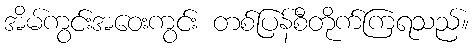
အိမ်ကွင်းအဝေးကွင်း တစ်ပြန်စီတိုက်ကြရသည်။